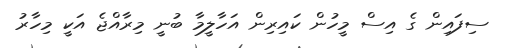
ސިފައިން ގެ އިސް މީހުން ކައިރިން އަހާލީމާ ބުނީ މިރާއްޖެ އަކީ މިހާރު